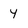
Character: 4